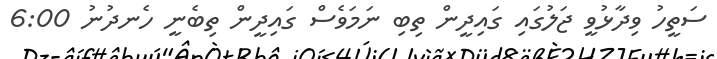
ސަތީހު ވިދާޅުވީ ޖަލުގައި ގައިދީން ތިބި ނަމަވެސް ގައިދީން ތިބެނީ ހެނދުނު 6:00